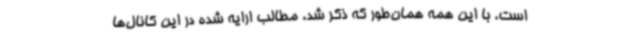
است. با این همه همان‌طور که ذکر شد، مطالب ارایه شده در این کانال‌ها